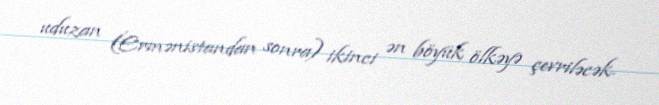
uduzan (Ermənistandan sonra) ikinci ən böyük ölkəyə çevriləcək.